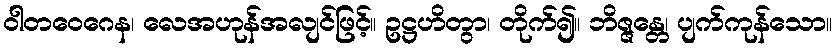
ဝါတဝေဂေန၊ လေအဟုန်အလျင်ဖြင့်။ ဥဋ္ဌဟိတွာ၊ တိုက်၍။ ဘိဇ္ဇန္တေ၊ ပျက်ကုန်သော။